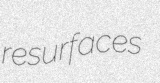
resurfaces